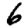
Digit: 6